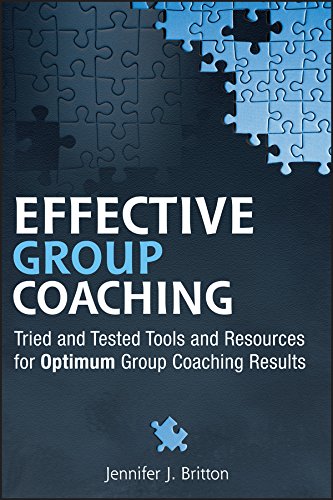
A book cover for Effective Group Coaching: Tried and Tested Tools and Resources for Optimum Coaching Results; Jennifer J. Britton; Business & Money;